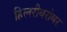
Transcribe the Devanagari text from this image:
हिलरीबरोबर